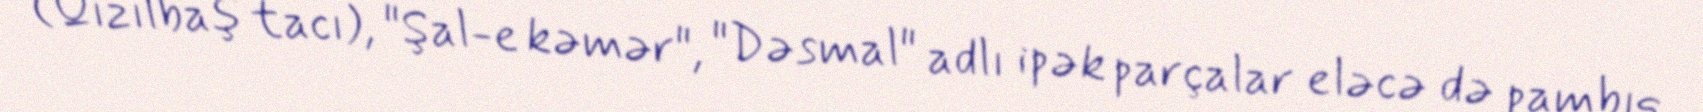
(Qızılbaş tacı), "Şal-e kəmər", "Dəsmal" adlı ipək parçalar eləcə də pambıq,